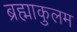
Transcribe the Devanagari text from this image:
ब्रह्माकुलम